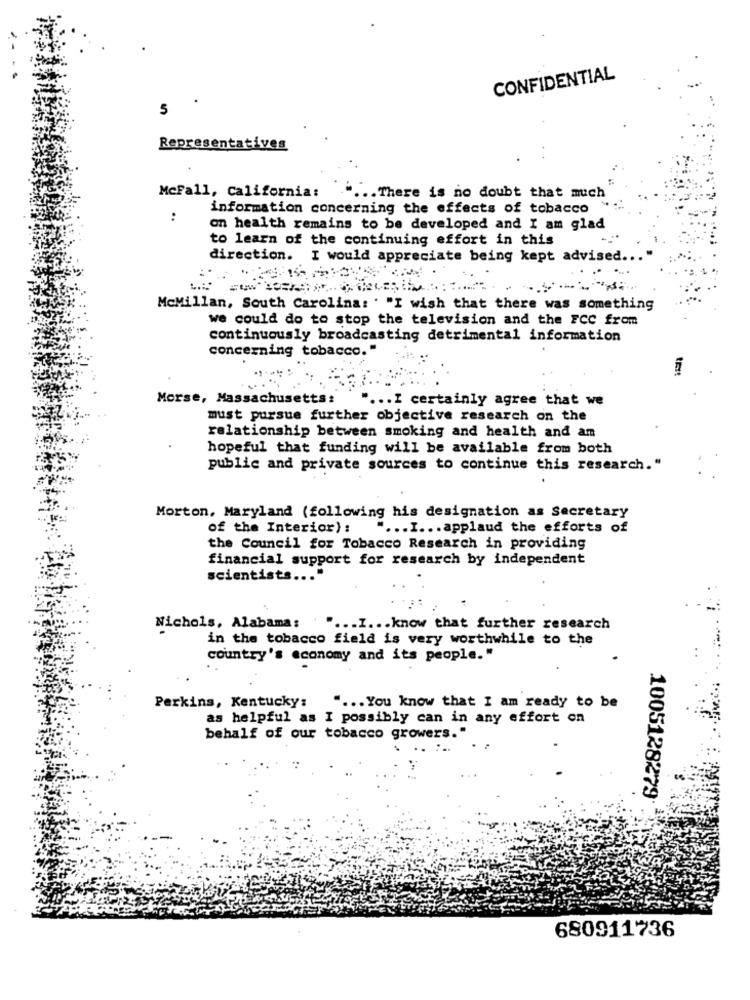
CONFIDENTIAL
5
Representatives
MeFall, California:
.... There is no doubt that much
information concerning the effects of tobacco
..
on health remains to be developed and I am glad
to learn of the continuing effort in this
direction. I would appreciate being kept advised ...
McMillan, South Carolina: . "I wish that there was something
we could do to stop the television and the FCC from
continuously broadcasting detrimental information
concerning tobacco."
tart
Morse, Massachusetts:
.. I certainly agree that we
must pursue further objective research on the
relationship between smoking and health and am
hopeful that funding will be available from both
public and private sources to continue this research."
Morton, Maryland (following his designation as Secretary
of the Interior):
... I ... applaud the efforts of
the Council for Tobacco Research in providing
financial support for research by independent
scientists ...
Nichols, Alabama: " ... I ... know that further research
in the tobacco field is very worthwhile to the
country's economy and its people."
Perkins, Kentucky: " ... You know that I am ready to be
as helpful as I possibly can in any effort on
behalf of our tobacco growers."
1005128279
680911736